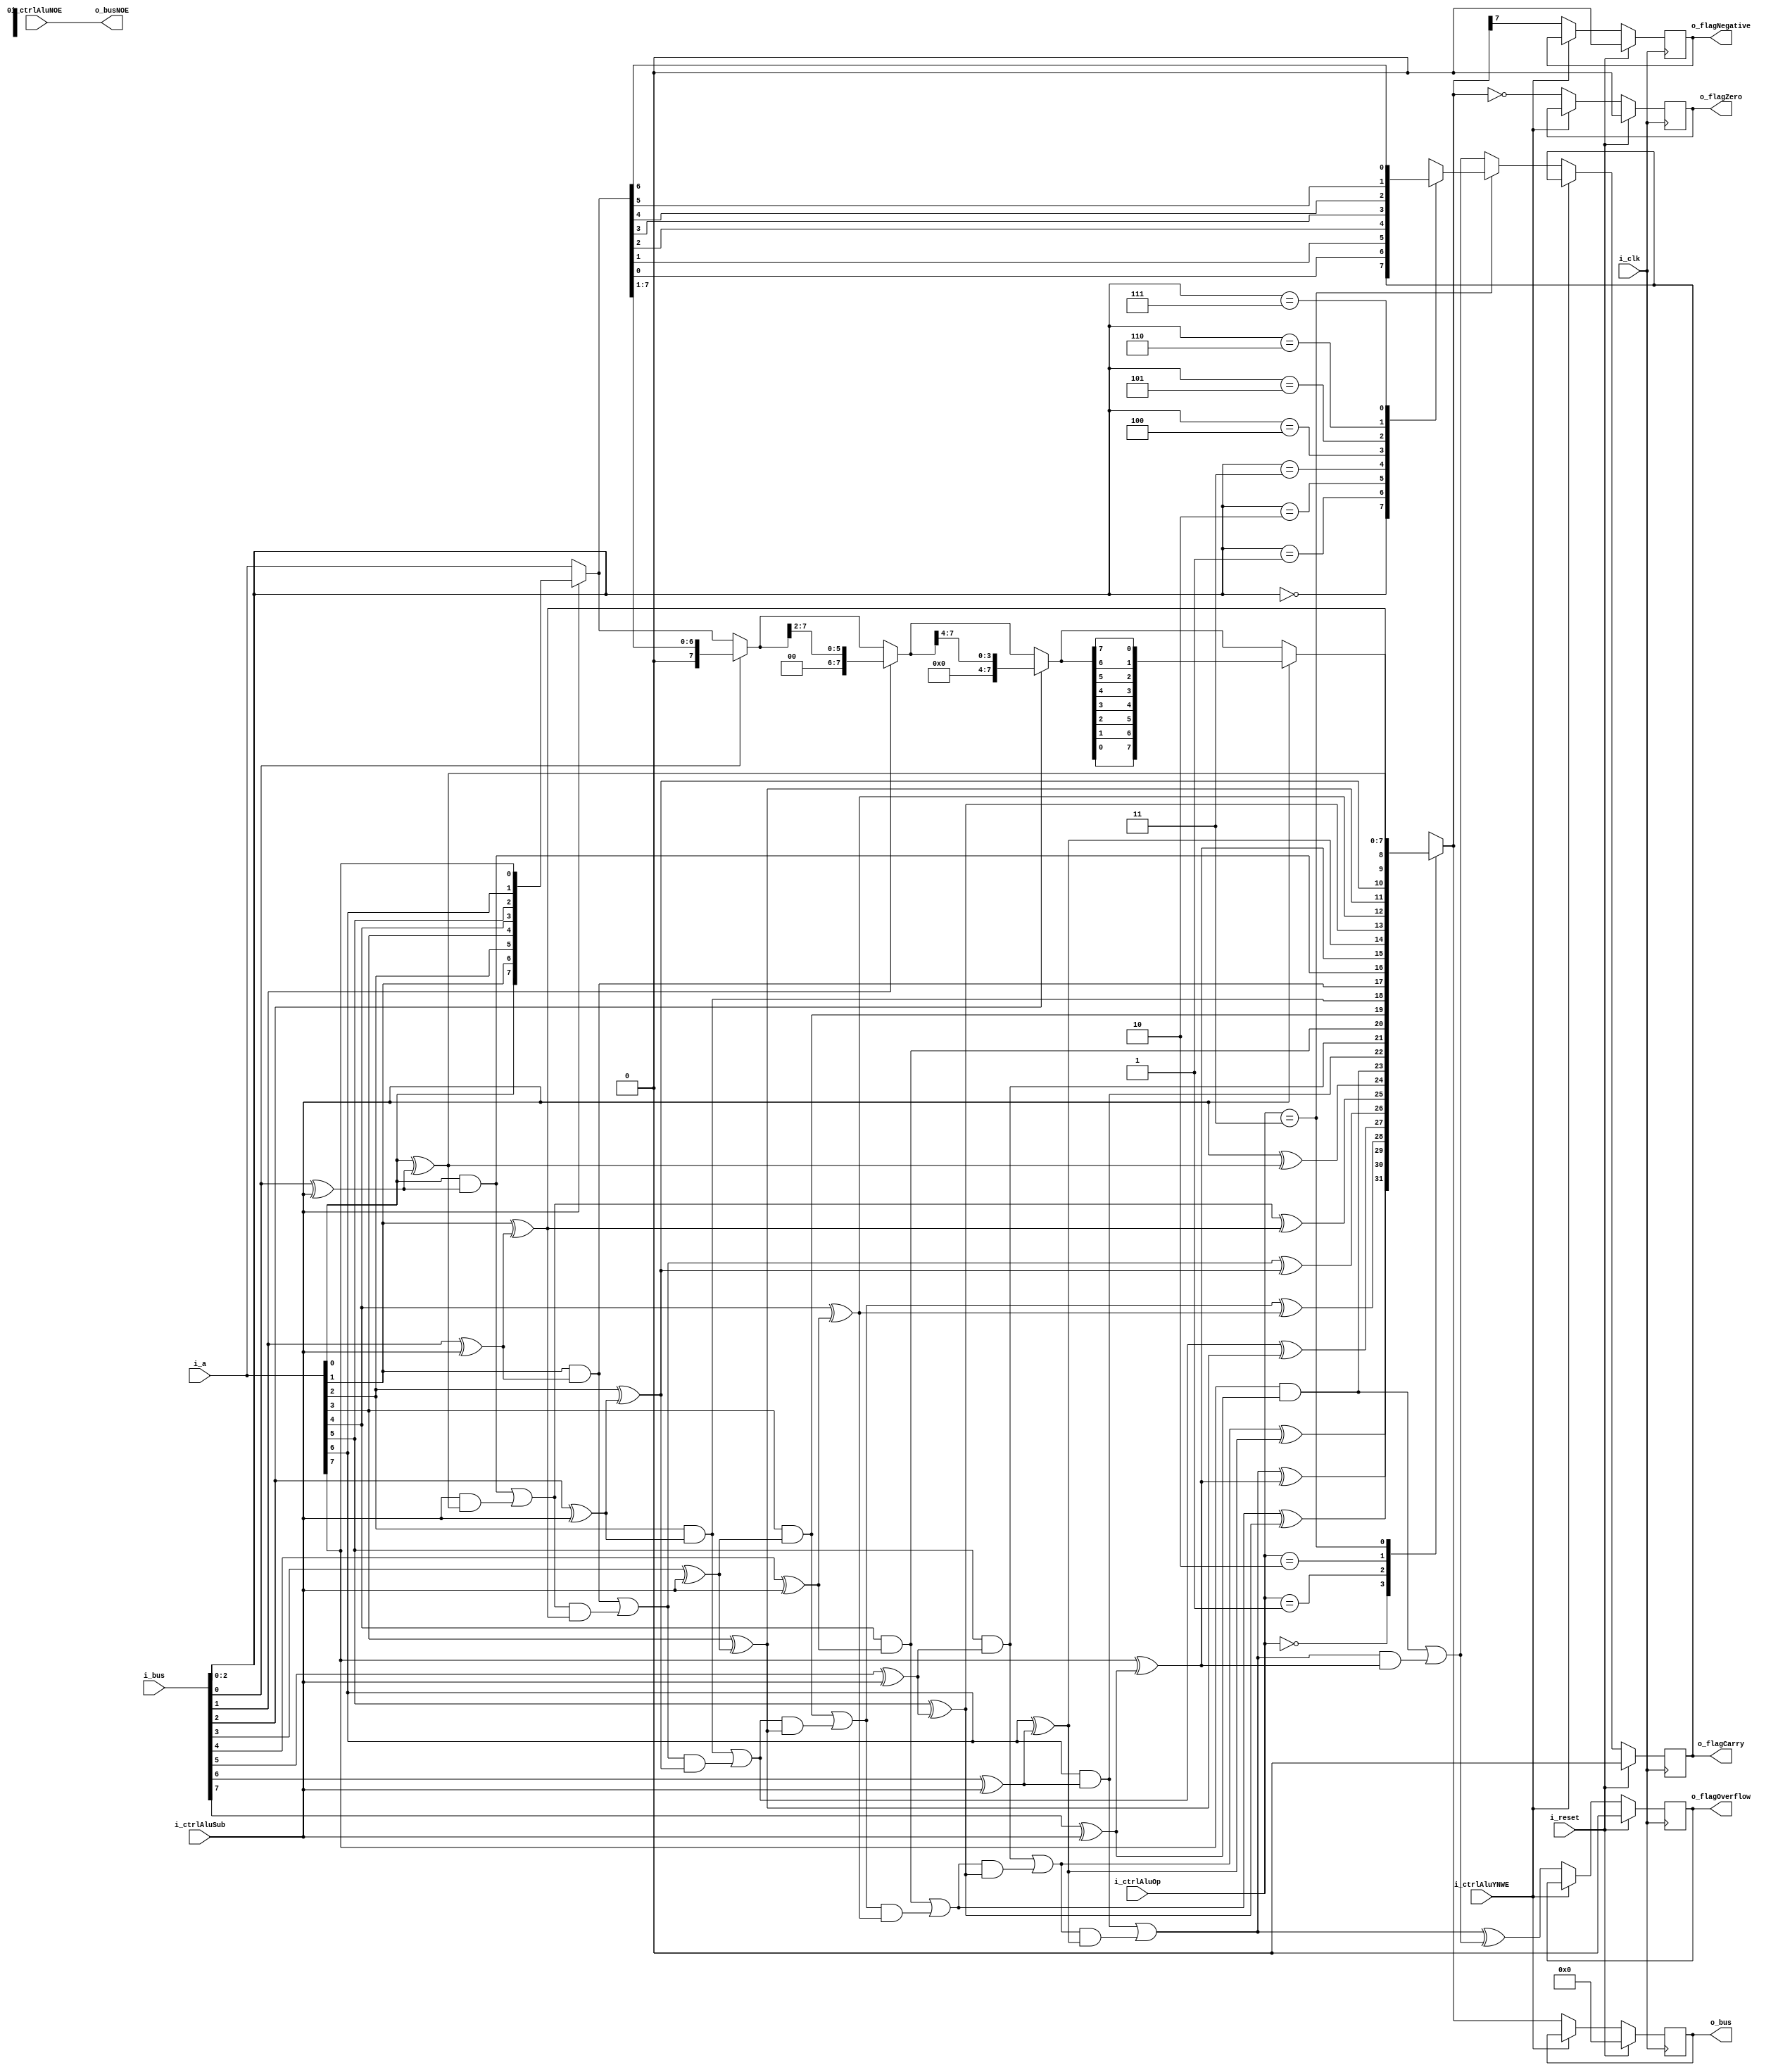
module alu(
  input wire i_clk,
  input wire i_reset,


  input wire[7:0] i_a,
  input wire [7:0] i_bus,
  output wire [7:0] o_bus,
  output wire o_busNOE,

  output reg o_flagNegative,
  output reg o_flagZero,
  output reg o_flagOverflow,
  output reg o_flagCarry,

  input wire i_ctrlAluYNWE,
  input wire i_ctrlAluNOE,
  input wire i_ctrlAluSub,
  input wire[1:0] i_ctrlAluOp
);
wire[7:0] s_b;

wire [8:0] s_cin;
wire [7:0] s_yAdder;
wire [7:0] s_yAnd;
wire [7:0] s_yXor;
wire [7:0] s_yShift;

wire[7:0] s_shift1, s_shift2, s_a, s_shift3;
reg s_flagCShift;

reg[7:0] r_y;
reg[7:0] s_y;


always @(posedge i_clk) begin
  if (!i_ctrlAluYNWE) begin
    r_y <= s_y;
    o_flagNegative <= s_y[7];
    o_flagZero <= s_y == 8'h00;
    o_flagOverflow <= s_cin[7] ^ s_cin[8];
    if (i_ctrlAluOp == 2'b11) begin
      o_flagCarry <= s_flagCShift;
    end else begin
      o_flagCarry <= s_cin[8];
    end
  end
  if (i_reset) begin
    r_y <= 0;
    o_flagNegative <= 0;
    o_flagZero <= 0;
    o_flagCarry <= 0;
    o_flagOverflow <= 0;
  end
end

assign o_bus = r_y;
assign o_busNOE = i_ctrlAluNOE;

genvar i;
for (i = 0; i < 8; i=i+1) begin
  assign s_b[i] = i_bus[i] ^ i_ctrlAluSub;
end

assign s_cin[0] = i_ctrlAluSub;
for (i = 0; i < 8; i=i+1) begin
  assign s_yXor[i] = i_a[i] ^ s_b[i];
  assign s_yAnd[i] = i_a[i] & s_b[i];
  assign s_yAdder[i] = s_cin[i] ^ s_yXor[i];
  assign s_cin[i + 1] = s_yAnd[i] | (s_cin[i] & s_yXor[i]);
end

assign s_a = i_ctrlAluSub ? {i_a[0], i_a[1], i_a[2], i_a[3], i_a[4], i_a[5], i_a[6], i_a[7]} : i_a;
assign s_shift1 = i_bus[0] ? s_a >> 1 : s_a;
assign s_shift2 = i_bus[1] ? s_shift1 >> 2 : s_shift1;
assign s_shift3 = i_bus[2] ? s_shift2 >> 4 : s_shift2;
assign s_yShift = i_ctrlAluSub ? {s_shift3[0], s_shift3[1], s_shift3[2], s_shift3[3], s_shift3[4], s_shift3[5], s_shift3[6], s_shift3[7]} : s_shift3;
always @* begin
  case (i_bus[2:0])
    3'b000: s_flagCShift <= o_flagCarry;
    3'b001: s_flagCShift <= s_a[0];
    3'b010: s_flagCShift <= s_a[1];
    3'b011: s_flagCShift <= s_a[2];
    3'b100: s_flagCShift <= s_a[3];
    3'b101: s_flagCShift <= s_a[4];
    3'b110: s_flagCShift <= s_a[5];
    3'b111: s_flagCShift <= s_a[6];
  endcase
end

always @* begin
  case (i_ctrlAluOp)
    2'b00: s_y <= s_yAdder;
    2'b01: s_y <= s_yAnd;
    2'b10: s_y <= s_yXor;
    2'b11: s_y <= s_yShift;
  endcase
end

endmodule